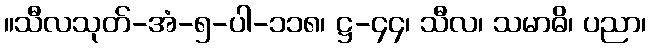
။သီလသုတ်-အံ-၅-ပါ-၁၁၈၊ ဋ္ဌ-၄၄၊ သီလ၊ သမာဓိ၊ ပညာ၊